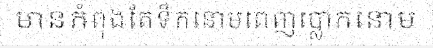
មានកំពុងតែទឹកនោមពេញប្លោកនោម